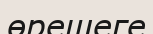
өрешеге